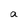
Character: a